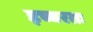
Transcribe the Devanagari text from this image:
इच्चरतः